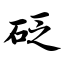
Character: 砭